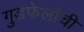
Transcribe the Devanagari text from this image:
गुडफेलोची